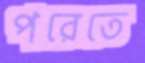
পরেতে